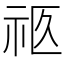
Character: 𰧴